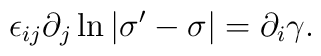
\epsilon_{ij}\partial_j\ln |\sigma'-\sigma |=\partial_i\gamma.